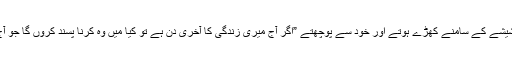
وہ صبح اٹھتے ہی شیشے کے سامنے کھڑے ہوتے اور خود سے پوچھتے ”اگر آج میری زندگی کا آخری دن ہے تو کیا میں وہ کرنا پسند کروں گا جو آج کرنے جارہا ہوں؟